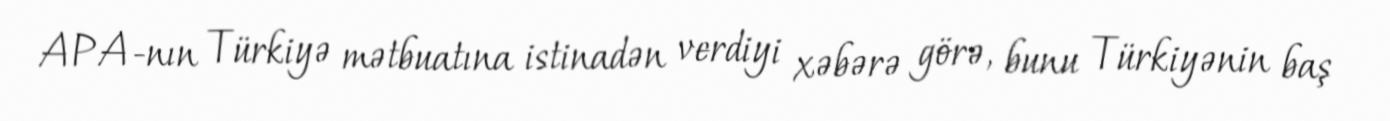
APA-nın Türkiyə mətbuatına istinadən verdiyi xəbərə görə, bunu Türkiyənin baş